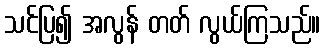
သင်ပြ၍ အလွန် တတ် လွယ်ကြသည်။